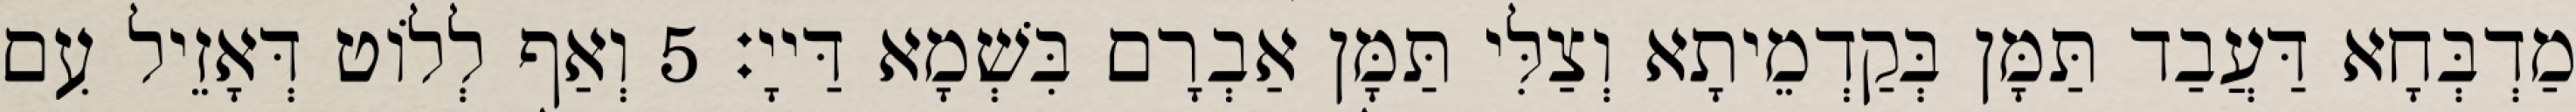
מַדְבְּחָא דַּעֲבַד תַּמָּן בְּקַדְמֵיתָא וְצַלִּי תַּמָּן אַבְרָם בִּשְׁמָא דַּייָ׃ 5 וְאַף לְלוֹט דְּאָזֵיל עִם